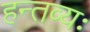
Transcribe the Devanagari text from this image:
हन्तव्यः